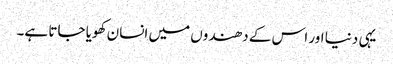
یہی دنیا اور اس کے دھندوں میں انسان کھویا جاتا ہے۔